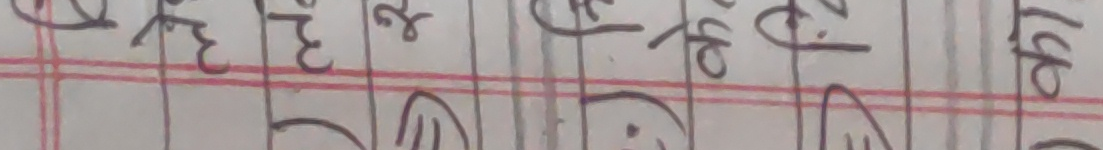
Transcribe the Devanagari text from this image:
ख ३ ३ २ के क की के का